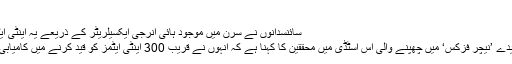
‘‘
سائنسدانوں نے سرن میں موجود ہائی انرجی ایکسیلریٹر کے ذریعے یہ اینٹی ایٹم تیار کیے
سائنسی جریدے ’نیچر فزکس‘ میں چھپنے والی اس اسٹڈی میں محققین کا کہنا ہے کہ انہوں نے قریب 300 اینٹی ایٹمز کو قید کرنے میں کامیابی حاصل کی۔